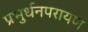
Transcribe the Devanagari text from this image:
प्रभुर्धनपरायण